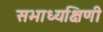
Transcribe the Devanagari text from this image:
सभाध्यक्षिणी